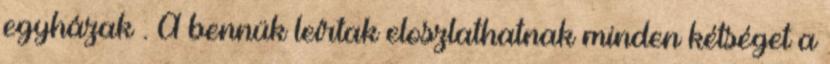
egyházak . A bennük leírtak eloszlathatnak minden kétséget a